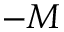
- M